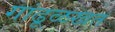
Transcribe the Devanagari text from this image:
गांढूळखत